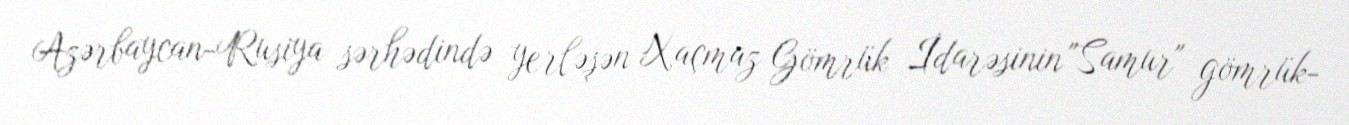
Azərbaycan-Rusiya sərhədində yerləşən Xaçmaz Gömrük İdarəsinin "Samur" gömrük-